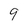
Character: 9